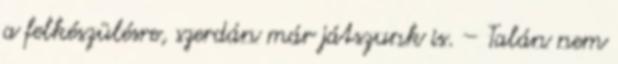
a felkészülésre, szerdán már játszunk is. – Talán nem